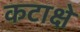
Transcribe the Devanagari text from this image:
कटाक्षे